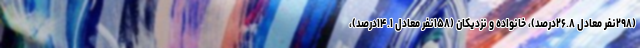
(۲۹۸نفر معادل ۲۶.۸درصد)، خانواده و نزدیکان (۱۵۸نفر معادل ۱۴.۱درصد)،